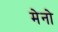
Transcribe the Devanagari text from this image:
मेनो